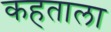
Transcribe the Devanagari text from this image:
कहताला